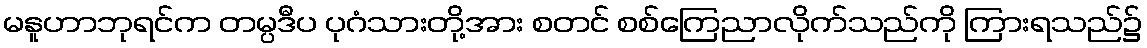
မနူဟာဘုရင်က တမ္ပဒီပ ပုဂံသားတို့အား စတင် စစ်ကြေညာလိုက်သည်ကို ကြားရသည်၌